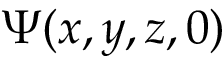
\Psi ( x , y , z , 0 ) \,